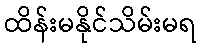
ထိန်းမနိုင်သိမ်းမရ